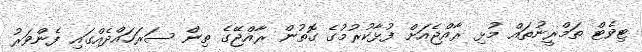
ޓިވެޓް ތަމްރީނުތައް މުޅި ރާއްޖެއަށް ފުޅާކުރުމުގެ ގޮތުން ރާއްޖޭގެ ތިން ސަރަހައްދެއްގައި ފެންވަރު